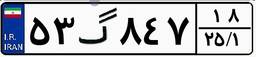
۳۴گ۳۷۸۵۴